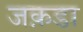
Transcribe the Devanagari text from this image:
जक़डा